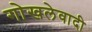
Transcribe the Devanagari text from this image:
गोखलेवादी